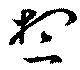
想